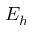
E _ { h }